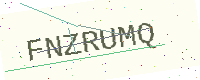
Text: FNZRUMQ